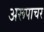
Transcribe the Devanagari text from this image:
अरूपाचर